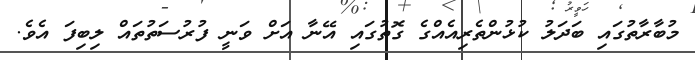
މުބާރާތުގައި ބަދަލު ކުޅުންތެރިއެއްގެ ގޮތުގައި އޭނާ އަށް ވަނީ ފުރުސަތުތައް ލިބިފަ އެވެ.